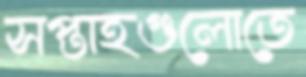
সপ্তাহগুলোতে